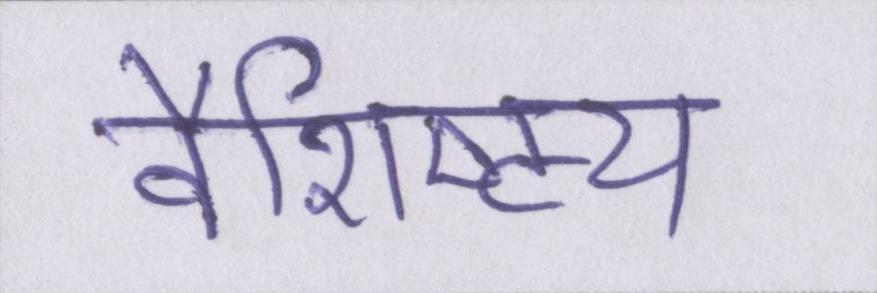
वैशिष्ट्य